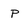
Character: P